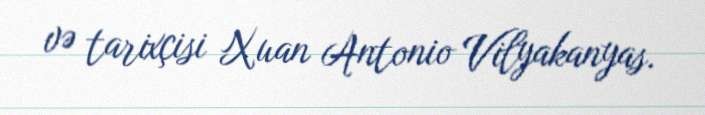
və tarixçisi Xuan Antonio Vilyakanyas.